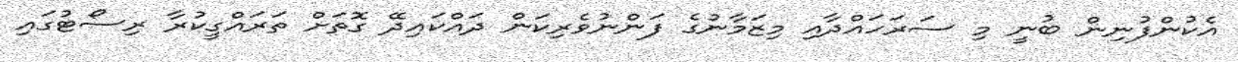
އެކުންފުނިން ބުނީ މި ސަރަހައްދާއި މިޒަމާނުގެ ފަންނުވެރިކަން ދައްކައިދޭ ގޮތަށް ތަރައްގީކުރާ ރިސޯޓުގައި